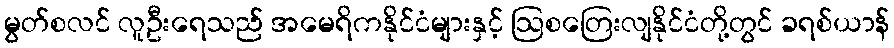
မွတ်စလင် လူဦးရေသည် အမေရိကနိုင်ငံများနှင့် ဩစတြေးလျနိုင်ငံတို့တွင် ခရစ်ယာန်